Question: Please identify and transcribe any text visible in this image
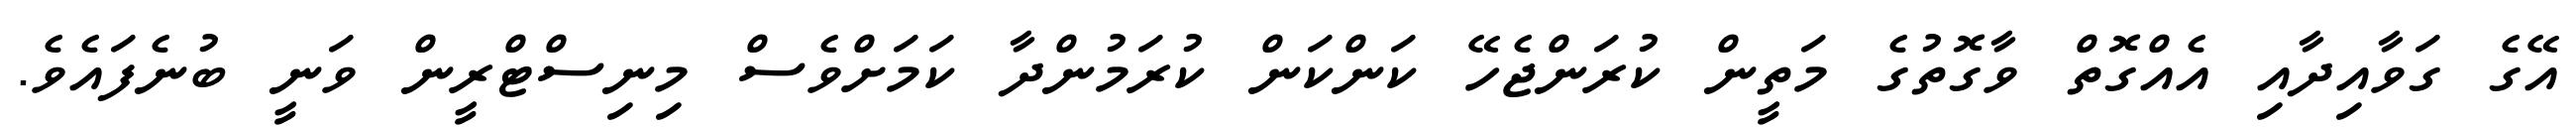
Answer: އޭގެ ގަވާއިދާއި އެއްގޮތް ވާގޮތުގެ މަތީން ކުރަންޖެހޭ ކަންކަން ކުރަމުންދާ ކަމަށްވެސް މިނިސްޓްރީން ވަނީ ބުނެފައެވެ.